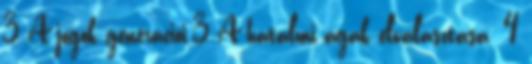
3 A jogok generációi.3 A hatalmi ágak elválasztása. 4